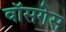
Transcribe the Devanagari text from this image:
वॉसगेस